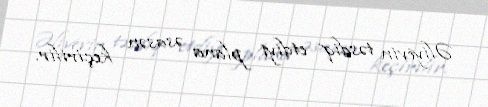
Əliyevin təsdiq etdiyi plana əsasən keçirilir.